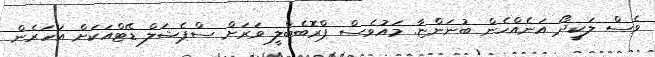
ވެސް ލަކީދޯ އަނެއްހެން ބުނަންޏާ. މައުވެސް ޕްރޮބެބްލީ ވަރަށް ސްޕެޝަލް ޑޭޓްއަކަށް އަހަރެން